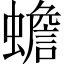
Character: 蟾